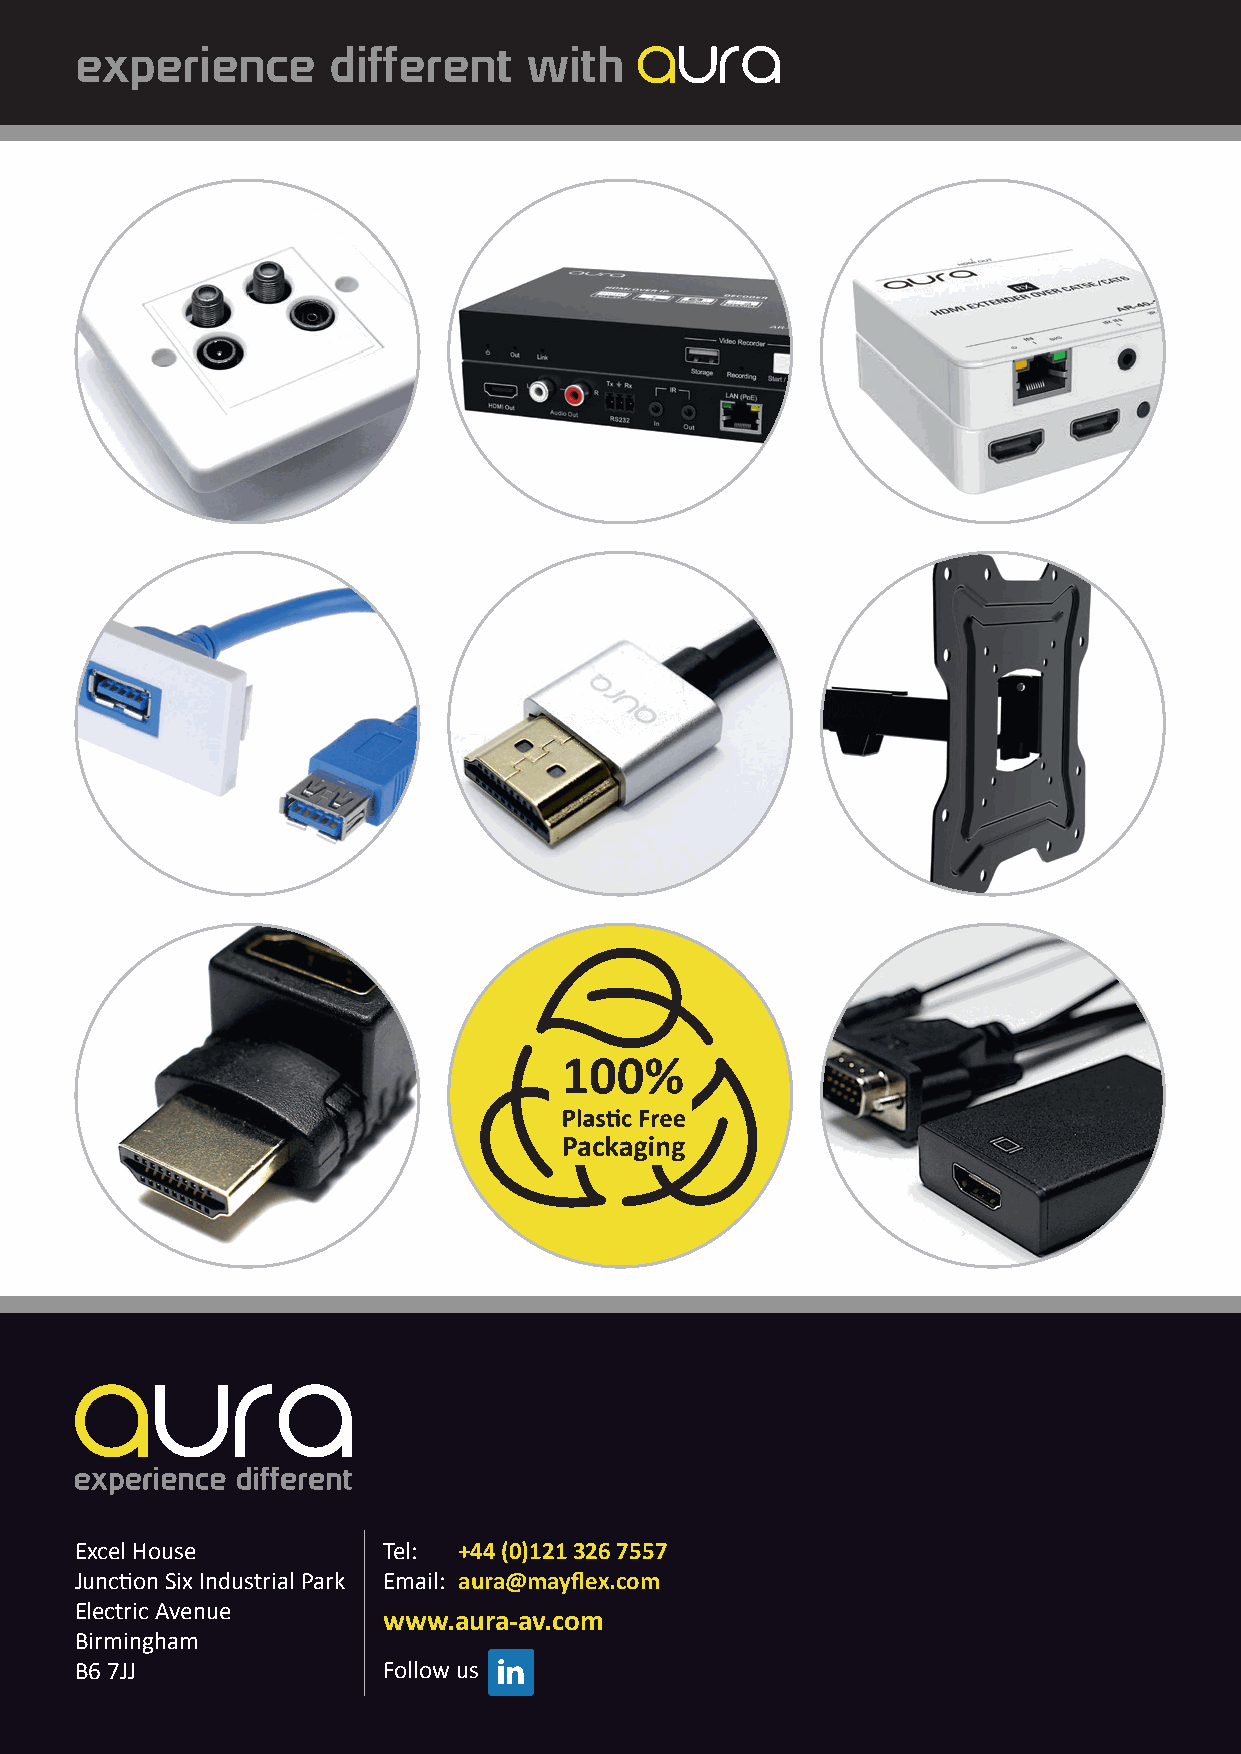
experience       different    with
 Excel House         Tel: +44 (0)121 326 7557
 Junction Six Industrial Park Email: aura@mayflex.com
 Electric Avenue
 www.aura-av.com
 Birmingham
 B6 7JJ              Follow us